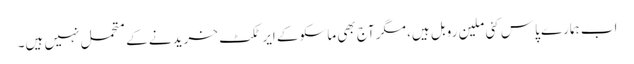
اب ہمارے پاس کئی ملین روبل ہیں، مگر آج بھی ماسکو کے ایرٹکٹ خریدنے کے متحمل نہیں ہیں۔